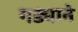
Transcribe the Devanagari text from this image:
गड्याने